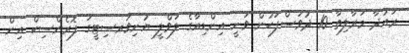
ރައުދާ މަރާލިތާ 10 ދުވަސްފަހުން ވަނީ އިންޑިއާގެ ލަވްލީ ޔުނިވަރސިޓީގަ ފޮރެންސިކް އިން